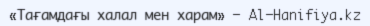
«Тағамдағы халал мен харам» — Al-Hanifiya.kz